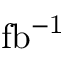
\mathrm { { f b } ^ { - 1 } }